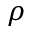
\rho